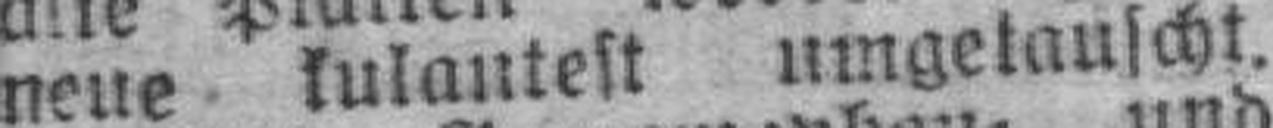
neue kulantest umgetauscht.